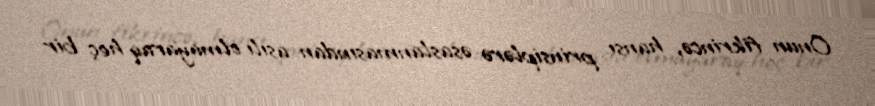
Onun fikrincə, hansı prinsiplərə əsaslanmasından asılı olmayaraq heç bir